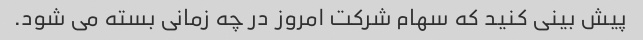
پیش بینی کنید که سهام شرکت امروز در چه زمانی بسته می شود.